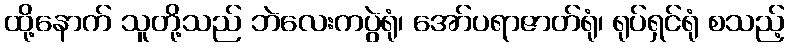
ထို့နောက် သူတို့သည် ဘဲလေးကပွဲရုံ၊ အော်ပရာဇာတ်ရုံ၊ ရုပ်ရှင်ရုံ စသည့်